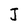
Character: J